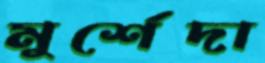
মুর্শেদা